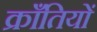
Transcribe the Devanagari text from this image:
क्राँतियों